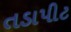
તડાપીટ